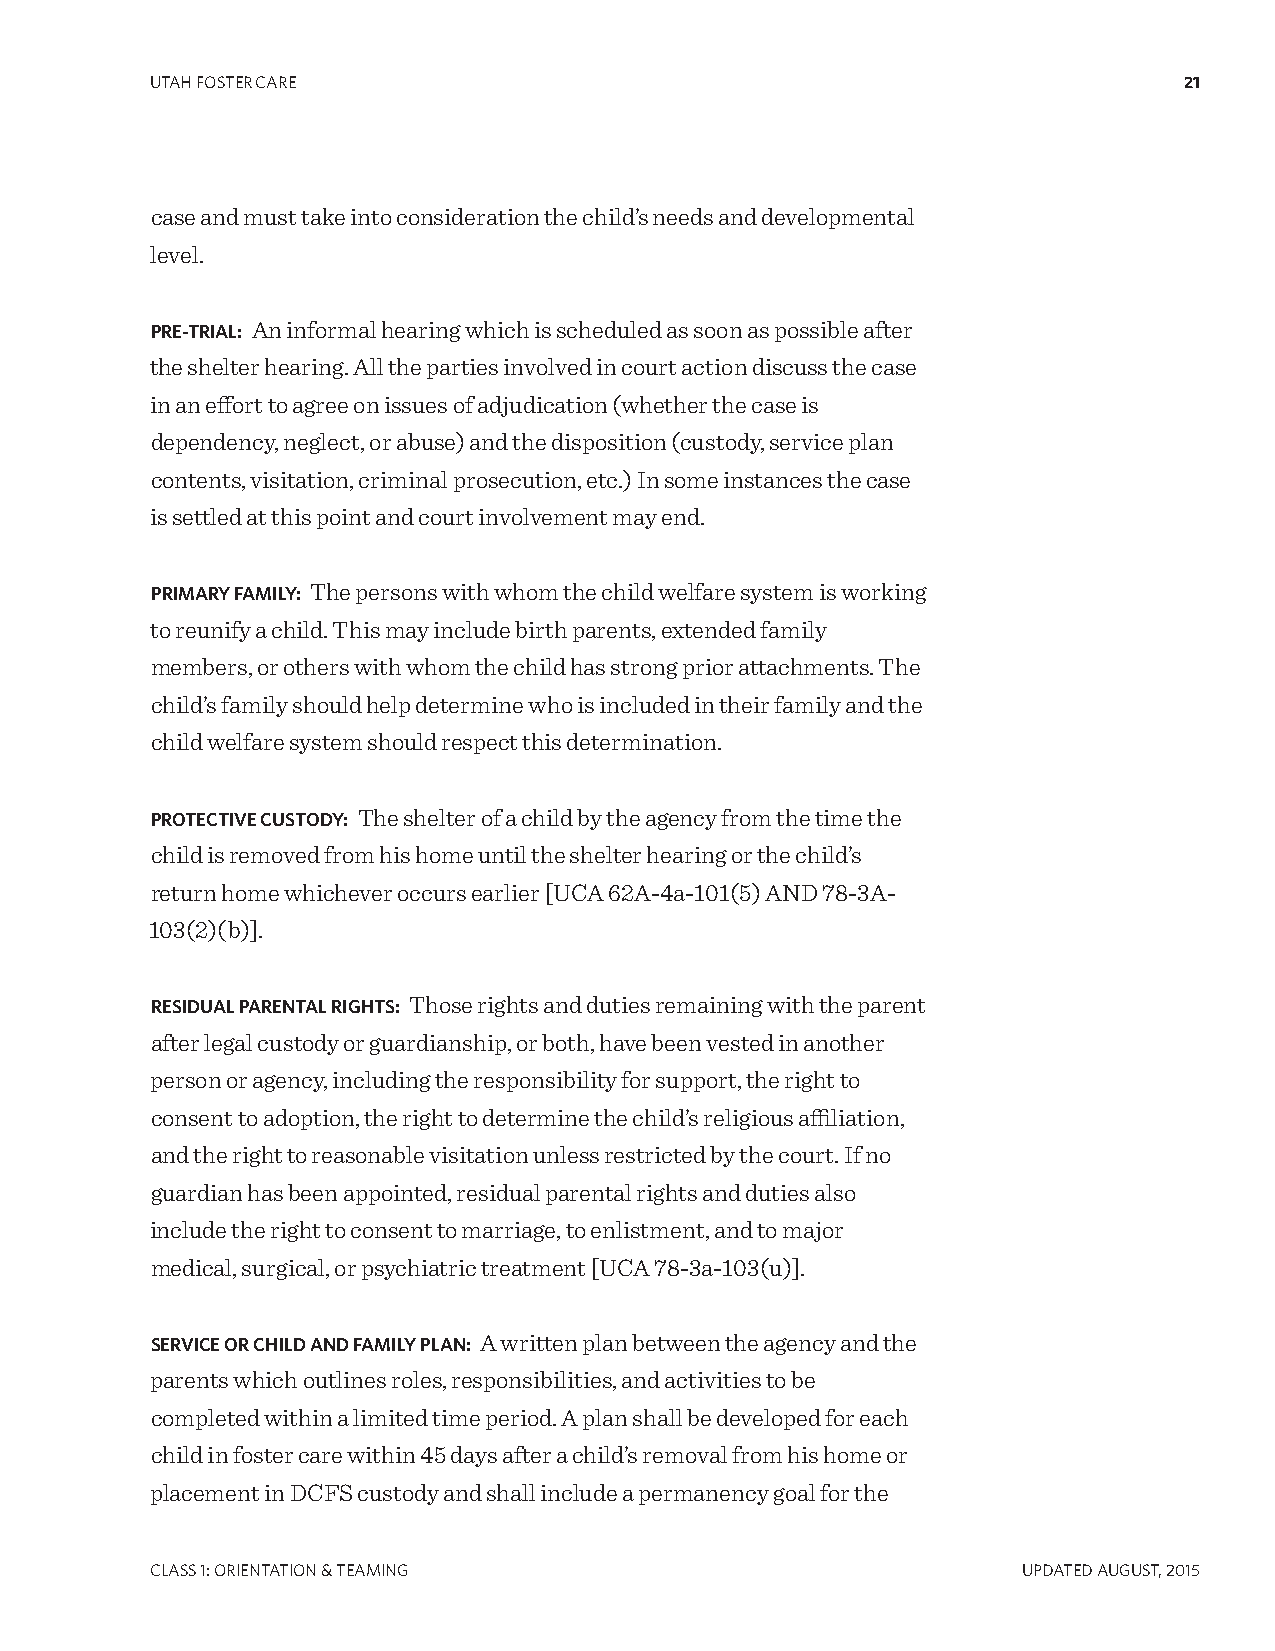
UTAH FOSTER CARE                                                    21
 case and must take into consideration the child’s needs and developmental
 level.
 PRE-TRIAL: An informal hearing which is scheduled as soon as possible after
 the shelter hearing. All the parties involved in court action discuss the case
 in an effort to agree on issues of adjudication (whether the case is
 dependency, neglect, or abuse) and the disposition (custody, service plan
 contents, visitation, criminal prosecution, etc.) In some instances the case
 is settled at this point and court involvement may end.
 PRIMARY FAMILY: The persons with whom the child welfare system is working
 to reunify a child. This may include birth parents, extended family
 members, or others with whom the child has strong prior attachments. The
 child’s family should help determine who is included in their family and the
 child welfare system should respect this determination.
 PROTECTIVE CUSTODY: The shelter of a child by the agency from the time the
 child is removed from his home until the shelter hearing or the child’s
 return home whichever occurs earlier [UCA 62A-4a-101(5) AND 78-3A-
 103(2)(b)].
 RESIDUAL PARENTAL RIGHTS: Those rights and duties remaining with the parent
 after legal custody or guardianship, or both, have been vested in another
 person or agency, including the responsibility for support, the right to
 consent to adoption, the right to determine the child’s religious affiliation,
 and the right to reasonable visitation unless restricted by the court. If no
 guardian has been appointed, residual parental rights and duties also
 include the right to consent to marriage, to enlistment, and to major
 medical, surgical, or psychiatric treatment [UCA 78-3a-103(u)].
 SERVICE OR CHILD AND FAMILY PLAN: A written plan between the agency and the
 parents which outlines roles, responsibilities, and activities to be
 completed within a limited time period. A plan shall be developed for each
 child in foster care within 45 days after a child’s removal from his home or
 placement in DCFS custody and shall include a permanency goal for the
 CLASS 1: ORIENTATION & TEAMINg                            UPDATED AUgUST, 2015